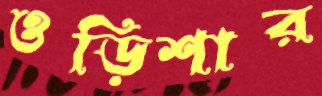
ওড়িশার